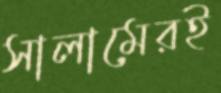
সালামেরই